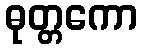
ဓုတ္တကော